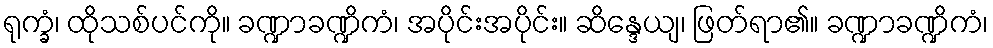
ရုက္ခံ၊ ထိုသစ်ပင်ကို။ ခဏ္ဍာခဏ္ဍိကံ၊ အပိုင်းအပိုင်း။ ဆိန္ဒေယျ၊ ဖြတ်ရာ၏။ ခဏ္ဍာခဏ္ဍိကံ၊